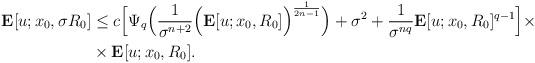
LaTeX: \begin{align*}\mathbf{E}[u;x_{0},\sigma R_{0}] & \leq c\Big[\Psi_{q}\Big(\frac{1}{\sigma^{n+2}}\Big(\mathbf{E}[u;x_{0},R_{0}]\Big)^{\frac{1}{2n-1}}\Big)+\sigma^{2}+ \frac{1}{\sigma^{nq}}\mathbf{E}[u;x_{0},R_{0}]^{q-1}\Big]\times \\ & \times \mathbf{E}[u;x_{0},R_{0}].\end{align*}